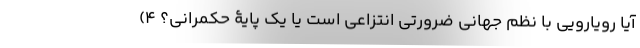
آیا رویارویی با نظم جهانی ضرورتی انتزاعی است یا یک پایۀ حکمرانی؟ 4)